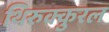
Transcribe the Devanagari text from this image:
थिरुक्कुरल